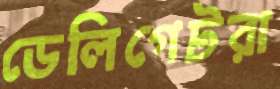
ডেলিগেটরা